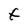
Character: f